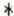
*